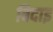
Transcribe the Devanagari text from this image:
बिदाइ